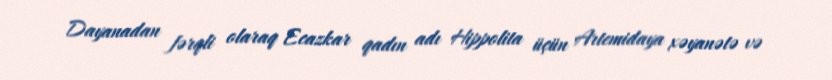
Dayanadan fərqli olaraq Ecazkar qadın adı Hippolita üçün Artemidaya xəyanətə və